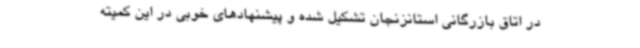
در اتاق بازرگانی استانزنجان تشکیل شده و پیشنهادهای خوبی در این کمیته